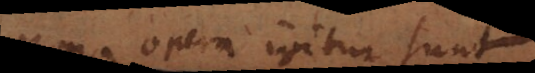
Bona opera igitur sunt